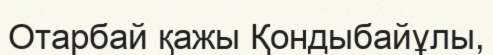
Отарбай қажы Қондыбайұлы,